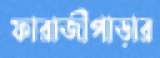
ফারাজীপাড়ার